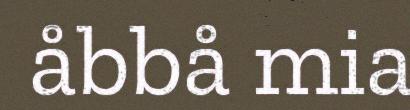
åbbå mia